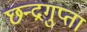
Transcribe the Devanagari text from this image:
छन्द्रगुप्ता